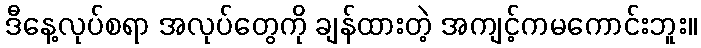
ဒီနေ့လုပ်စရာ အလုပ်တွေကို ချန်ထားတဲ့ အကျင့်ကမကောင်းဘူး။